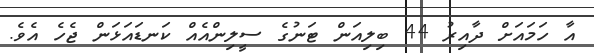
އާ ހަމައަށް ދާއިރު 44 ބިލިއަން ޓަނުގެ ސީލިންއެއް ކަނޑައަޅަން ޖެހެ އެވެ.